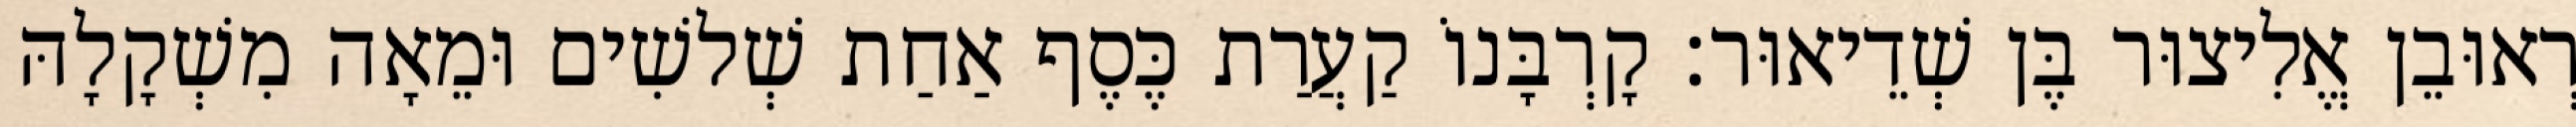
רְאוּבֵן אֱלִיצוּר בֶּן שְׁדֵיאוּר׃ קָרְבָּנוֹ קַעֲרַת כֶּסֶף אַחַת שְׁלשִׁים וּמֵאָה מִשְׁקָלָהּ